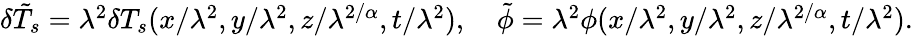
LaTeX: \begin{array}{r}{\delta\tilde{T}_{s}=\lambda^{2}\delta T_{s}(x/\lambda^{2},y/\lambda^{2},z/\lambda^{2/\alpha},t/\lambda^{2}),\quad\tilde{\phi}=\lambda^{2}\phi(x/\lambda^{2},y/\lambda^{2},z/\lambda^{2/\alpha},t/\lambda^{2}).}\end{array}